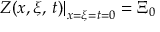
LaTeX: \left. Z ( x , \xi , \, t ) \right| _ { x = \xi = t = 0 } = \Xi _ { 0 }